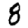
Digit: 8